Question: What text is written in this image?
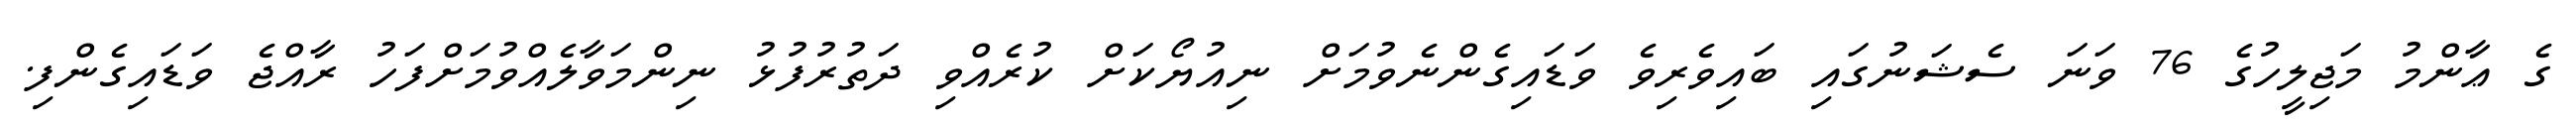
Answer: ގެ ޢާންމު މަޖިލީހުގެ 76 ވަނަ ސެޝަނުގައި ބައިވެރިވެ ވަޑައިގެންނެވުމަށް ނިއުޔޯކަށް ކުރެއްވި ދަތުރުފުޅު ނިންމަވާލެއްވުމަށްފަހު ރާއްޖެ ވަޑައިގެންފި.